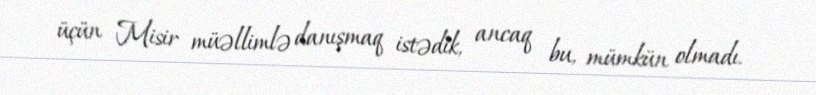
üçün Misir müəllimlə danışmaq istədik, ancaq bu, mümkün olmadı.